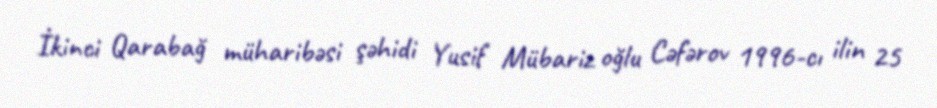
İkinci Qarabağ müharibəsi şəhidi Yusif Mübariz oğlu Cəfərov 1996-cı ilin 25